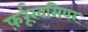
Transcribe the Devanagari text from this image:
फ़र्रूख़सियर